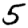
Digit: 5